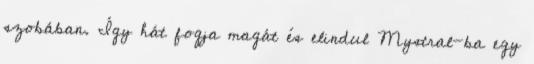
szobában. Így hát fogja magát és elindul Mystral-ba egy